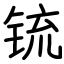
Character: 锍